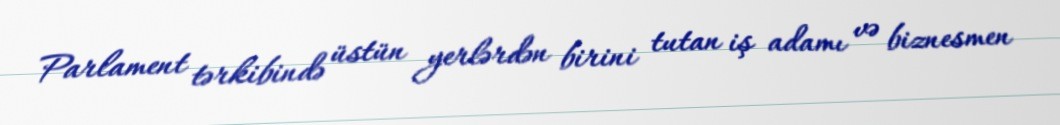
Parlament tərkibində üstün yerlərdən birini tutan iş adamı və biznesmen